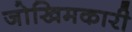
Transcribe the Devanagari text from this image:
जोखिमकारी